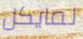
لمايكل